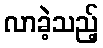
လာခဲ့သည့်